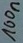
Text: 100n